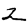
Digit: 2